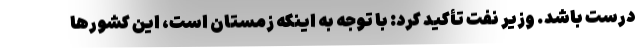
درست باشد. وزیر نفت تأکید کرد: با توجه به اینکه زمستان است، این کشورها